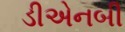
ડીએનબી